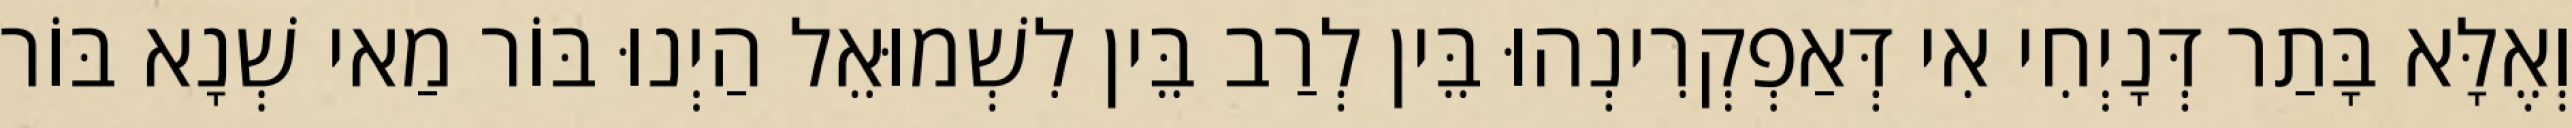
וְאֶלָּא בָּתַר דְּנָיְחִי אִי דְּאַפְקְרִינְהוּ בֵּין לְרַב בֵּין לִשְׁמוּאֵל הַיְנוּ בּוֹר מַאי שְׁנָא בּוֹר